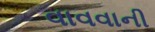
વાવવાની